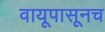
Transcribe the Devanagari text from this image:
वायूपासूनच